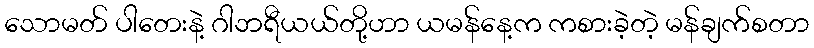
သောမတ် ပါတေးနဲ့ ဂါဘရီယယ်တို့ဟာ ယမန်နေ့က ကစားခဲ့တဲ့ မန်ချက်စတာ